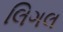
લિગલ